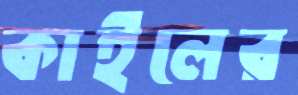
কাইলের